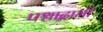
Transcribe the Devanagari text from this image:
पश्चाद्गामी